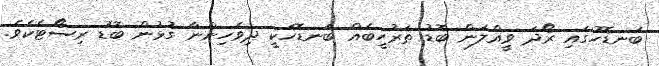
ބަނޑޮހުގައި ރޯދަ ވީއްލަން ބޮޑު ތަރުހީބެއް ބަނޑޮހަކީ ދިވެހިންނާ ގުޅުން ބޮޑު ރިސޯޓެކެވެ.